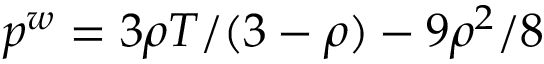
p ^ { w } = 3 \rho T / ( 3 - \rho ) - 9 \rho ^ { 2 } / 8